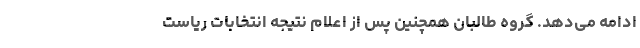
ادامه می‌دهد. گروه طالبان همچنین پس از اعلام نتیجه انتخابات ریاست